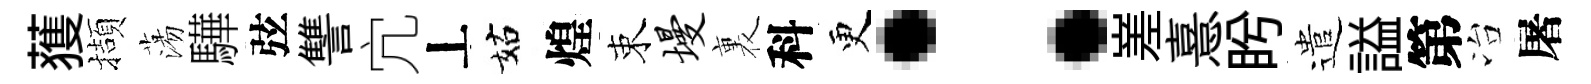
𫉬擷蕩驊弦讐宂丄姑煌束墁裏科更：嵳憙盻遣謚第冶屠